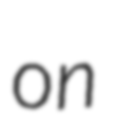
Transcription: on